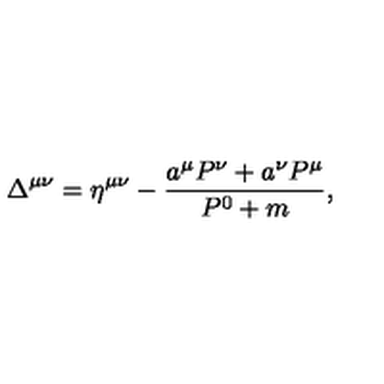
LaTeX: \Delta ^ { \mu \nu } = \eta ^ { \mu \nu } - \frac { a ^ { \mu } P ^ { \nu } + a ^ { \nu } P ^ { \mu } } { P ^ { 0 } + m } ,